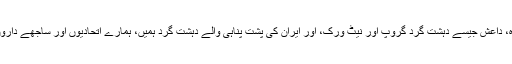
اْنھوں نے کہا کہ ’’القاعدہ، داعش جیسے دہشت گرد گروپ اور نیٹ ورک، اور ایران کی پشت پناہی والے دہشت گرد ہمیں، ہمارے اتحادیوں اور ساجھے داروں کو ہدف بنا رہے ہیں‘‘۔